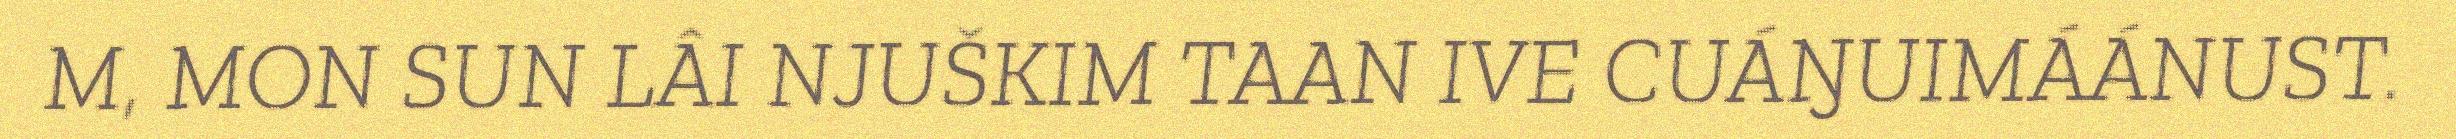
M, MON SUN LÂI NJUŠKIM TAAN IVE CUÁŊUIMÁÁNUST.